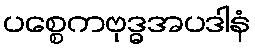
ပစ္စေကဗုဒ္ဓအပဒါနံ